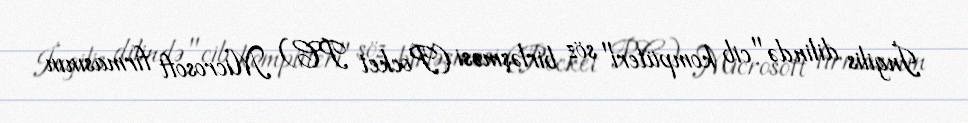
İngilis dilində "cib kompüteri" söz birləşməsi (Pocket PC) Microsoft firmasının